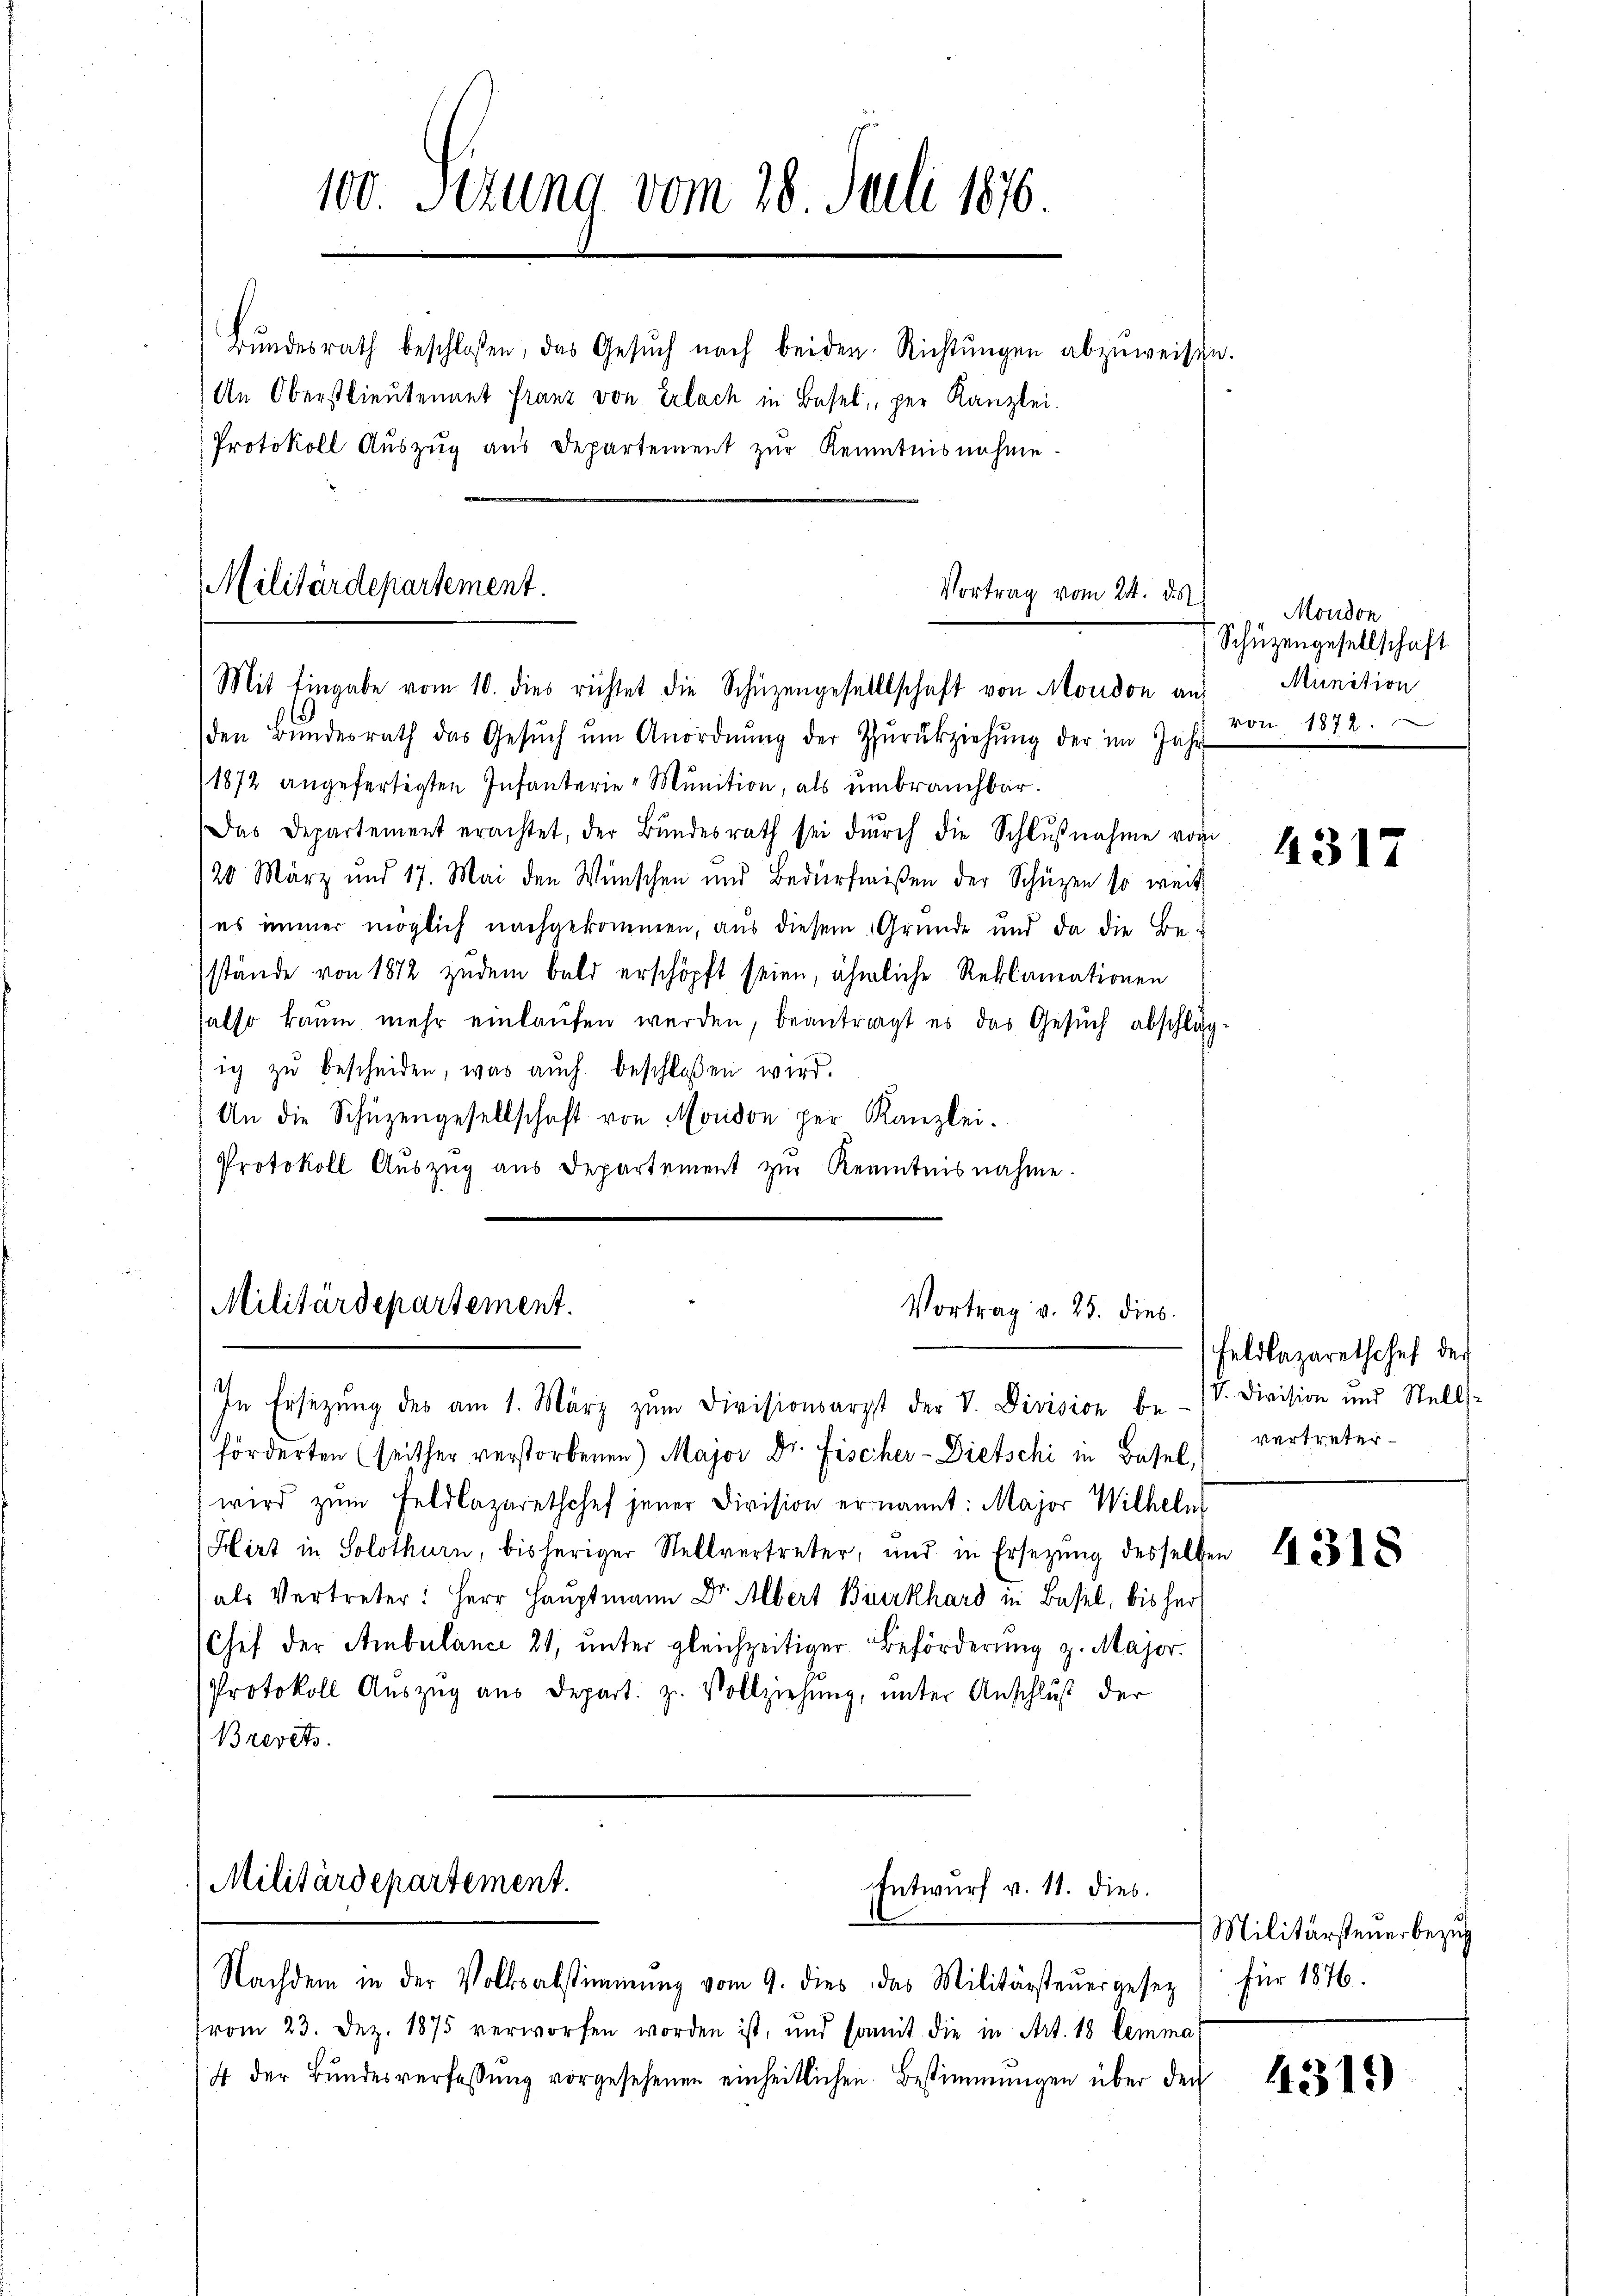
100. Sezung vom 28. Juli 1876
Bŭndesrath beschlossen, das Gesŭch nach beiden Richtŭngen abzŭweise.
An Oberstlieutennet Franz von Erlach in Basel, per Kanzlei.
Protokoll Auszug aus Departement zur Kenntnisnahme

Militärdepartement.
Vortrag vom 24. ds
Mit Eingabe vom 10. dies richtet die Schüzengesellschaft von Moudon an

den Bŭndesrath das Gesŭch ŭm Anordnŭng der Zŭrückziehŭng der im Jahr
1872 angefertigten Infanterie-Munition, als unbrauchbar.
Das Departement erachtet, der Bŭndesrath sei dŭrch die Schlŭβnahme vom
120 März und 17. Mai den Wünschen und Bedürfnißen der Schüzen so weit
es immer möglich nachgekommen, aus diesem Gründe und da die Be-
stände von 1872 zudem bald erschöpft seien, ähnliche Reklamationen
also kaum mehr einlaŭfen werden, beantragt es das Gesŭch abschlag-
ic zu bescheiden, was auch beschloßen wird.
An die Schüzengesellschaft von Moudon per Kanzlei.
Protokoll Aŭszŭg aŭs Departement zŭr Kenntnisnahme.

Militärdepartement.
Vortrag v. 25. dies
In Ersetzŭng des am 1. März zŭm Divisionsarzt der V. Division be- (S. Division und Stell-

förderten (seither verstorbenen Major Dr. Fischer-Dietschi in Basel,
wird zŭm Feldlazarethchef jener Division ernannt: Major Wilhelm
Hirt in Solothurn, bisheriger Stellvertreter, und in Ersezung desselben
als Vertreter: Herr Hauptmann Dr. Albert Burkhard in Basel, bis her
Chef der Ambulance 21, unter gleichzeitiger Beförderung z. Major.
Protokoll Aŭszŭg aŭs depart. z. Vollziehŭng ŭnter Anschlŭβ der
Brevets.

Militärdepartement.
Entwurf v. 11. dies.

Nachdem in der Volksabstimmung vom 9. dies das Militärsteŭergesez
(vom 23. Dez. 1875 verworfen worden ist, und somit die in Art. 18 lemma
4 der Bundesverfassung vorgesehenen einheitlichen Bestimmungen über den

Moudon
Schüzengesellschaft
Munition
von 1872.

4317

Feldlazarethchef der
vertreter

4318

Militärsteuerbezug
für 1876.

431)